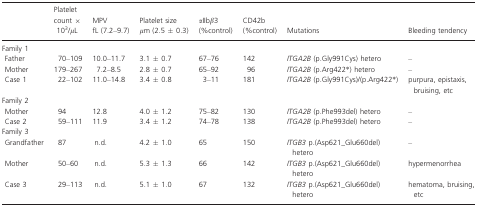
|  | Platelet count × 103/μL | MPV fL (7.2–9.7) | Platelet size μm (2.5 ± 0.3) | αIIbβ3 (%control) | CD42b (%control) | Mutations | Bleeding tendency |
 | --- | --- | --- | --- | --- | --- | --- | --- |
 | <COLSPAN=8> Family 1 |
 | Father | 70–109 | 10.0–11.7 | 3.1 ± 0.7 | 67–76 | 142 | ITGA2B (p.Gly991Cys) hetero | – |
 | Mother | 179–267 | 7.2–8.5 | 2.8 ± 0.7 | 65–92 | 96 | ITGA2B (p.Arg422*) hetero | – |
 | Case 1 | 22–102 | 11.0–14.8 | 3.4 ± 0.8 | 3–11 | 181 | ITGA2B (p.Gly991Cys)/(p.Arg422*) | purpura, epistaxis, bruising, etc |
 | <COLSPAN=8> Family 2 |
 | Mother | 94 | 12.8 | 4.0 ± 1.2 | 75–82 | 130 | ITGA2B (p.Phe993del) hetero | – |
 | Case 2 | 59–111 | 11.9 | 3.4 ± 1.2 | 74–78 | 138 | ITGA2B (p.Phe993del) hetero | – |
 | <COLSPAN=8> Family 3 |
 | Grandfather | 87 | n.d. | 4.2 ± 1.0 | 65 | 150 | ITGB3 p.(Asp621_Glu660del) hetero | – |
 | Mother | 50–60 | n.d. | 5.3 ± 1.3 | 66 | 142 | ITGB3 p.(Asp621_Glu660del) hetero | hypermenorrhea |
 | Case 3 | 29–113 | n.d. | 5.1 ± 1.0 | 67 | 132 | ITGB3 p.(Asp621_Glu660del) hetero | hematoma, bruising, etc |